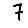
Digit: 7